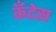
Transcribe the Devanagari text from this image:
कॅंटेस